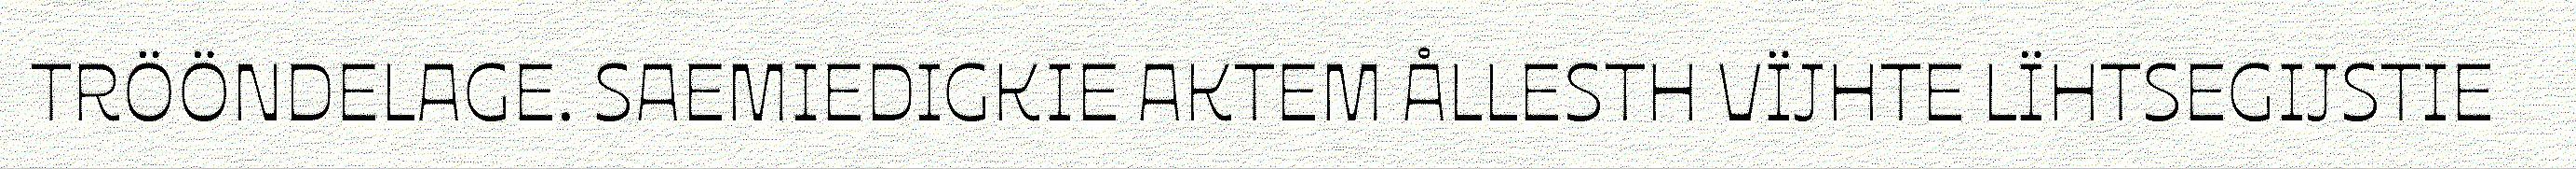
TRÖÖNDELAGE. SAEMIEDIGKIE AKTEM ÅLLESTH VÏJHTE LÏHTSEGIJSTIE